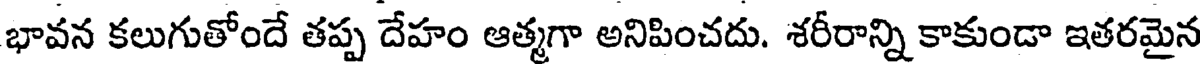
భావన కలుగుతోందే తప్ప దేహం ఆత్మగా అనిపించదు. శరీరాన్ని కాకుండా ఇతరమైన